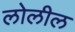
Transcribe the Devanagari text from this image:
लोलील